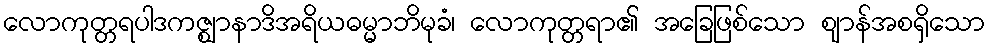
လောကုတ္တရပါဒကဇ္ဈာနာဒိအရိယဓမ္မာဘိမုခံ၊ လောကုတ္တရာ၏ အခြေဖြစ်သော ဈာန်အစရှိသော